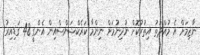
ނާޒިމަށް އެ މުއްދަތު އިތުރުކޮށް ނުދިނުމަށް ނިންމާ ކަރެކްޝަންސްއިން އެންގީ 48 ގަޑިއިރު